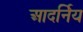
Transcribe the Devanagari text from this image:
आदर्निय